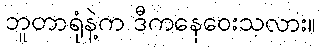
ဘူတာရုံနဲ့က ဒီကနေဝေးသလား။